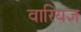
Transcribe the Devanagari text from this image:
वारियज्ञ